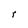
Character: r